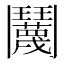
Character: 𬴱